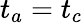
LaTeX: t_{a}=t_{c}